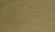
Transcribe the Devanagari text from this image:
सोलापुरास